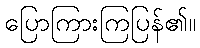
ပြောကြားကြပြန်၏။